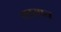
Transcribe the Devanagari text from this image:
मदयान